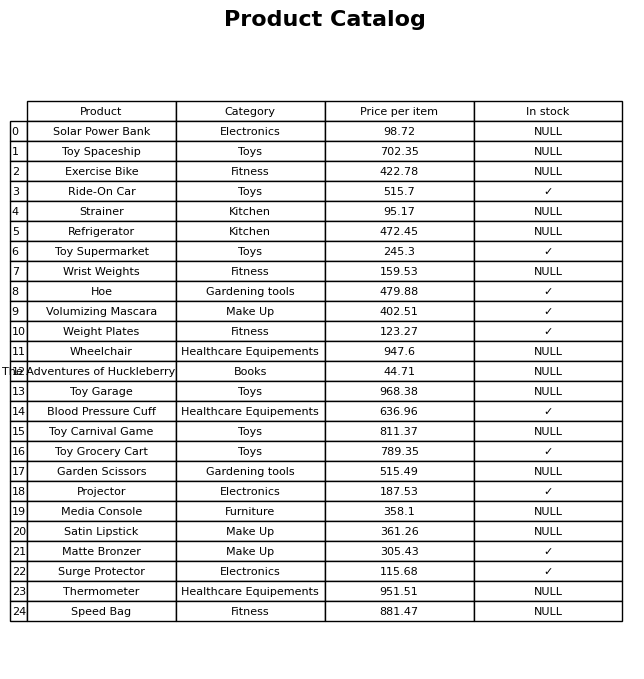
question: Is the Refrigerator in stock?
answer: NULL